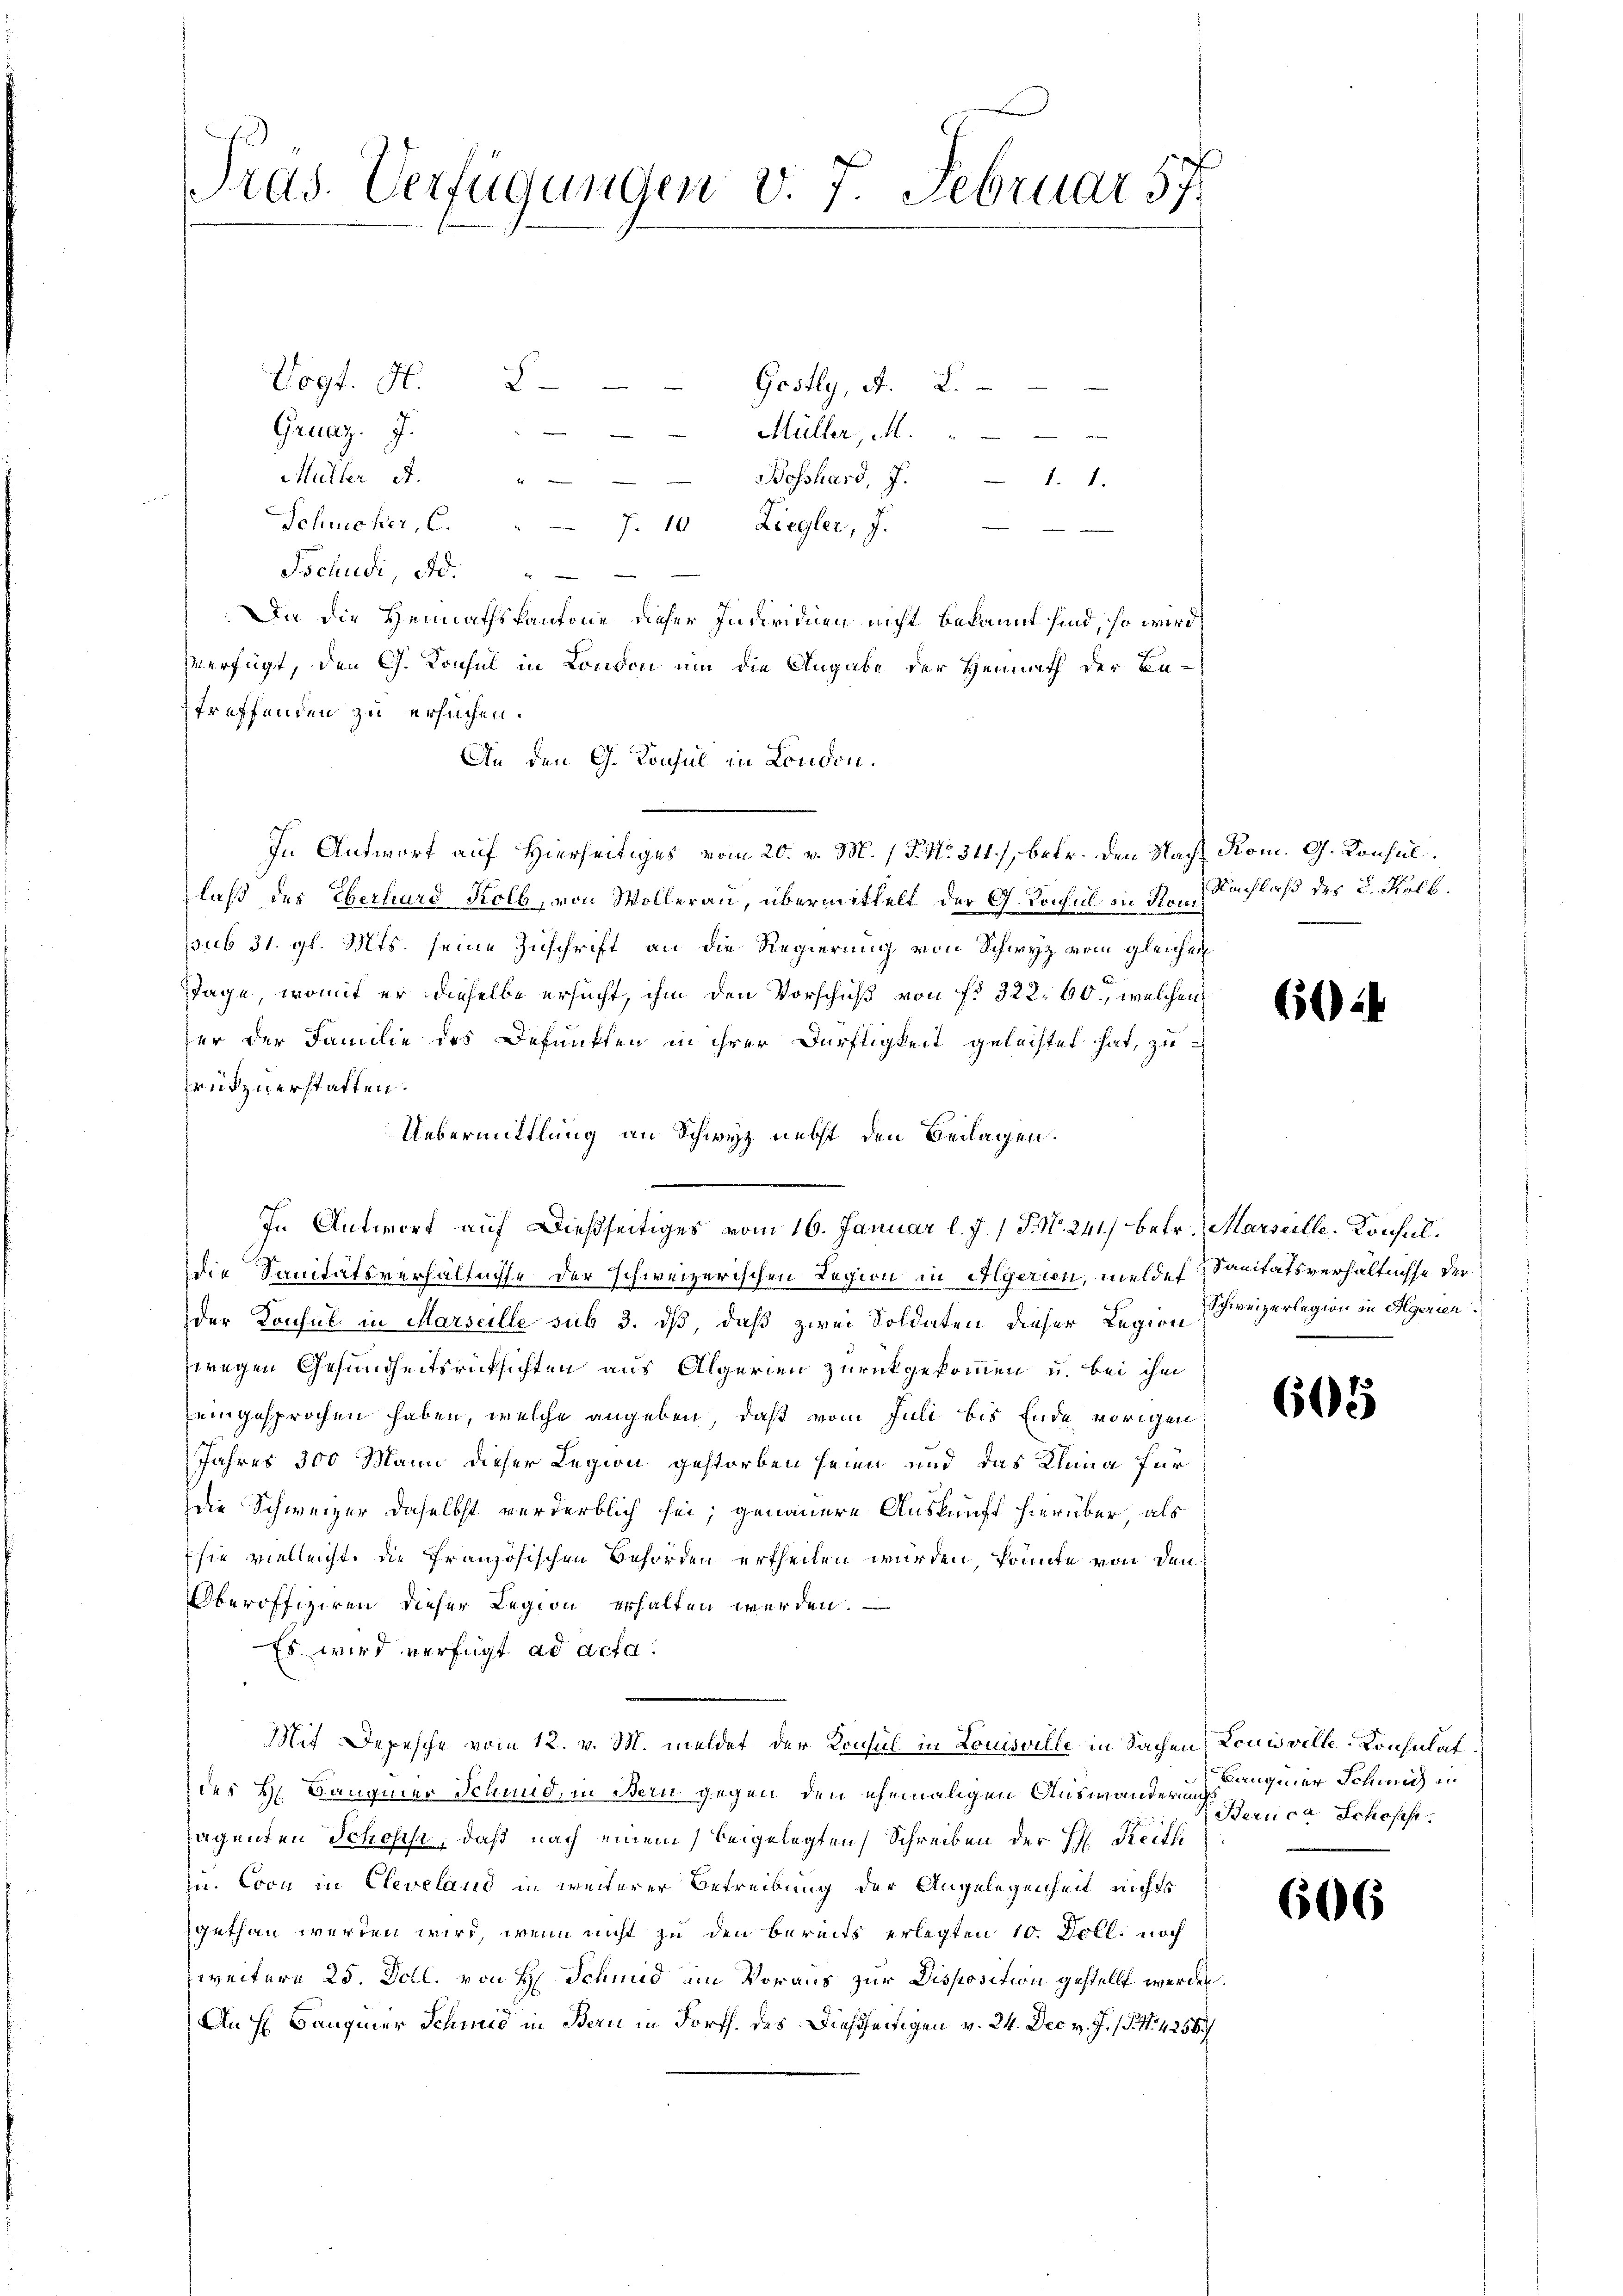
Pras. Verfügungen v. 7. Februar 57

Vogt. A. E.
Gruaz. J.
Müller, M.
Müller A.
Schwicker, C. " J. 10 Liegler, J.
Tschudi, Ad.
Da die Heimathskantone dieser Individuen nicht bekannt sind, so wird
Verfügt, den Ch. Konsul in London um die Angabe der Heimath der Be-
treffenden zu ersuchen.
An den G. Konsul in London.
In Antwort auf Hierseitiges vom 20. v. M. / 5. No. 311), betr. den Nacht Rom. G. Konsullaß des Eberhard Kolb, von Wollerau, übermittelt der G. Konsul in Kompsub 31. gl. Mts. seine Zuschrift an die Regierung von Schwyz vom gleichen
Tage, womit er dieselbe ersucht, ihm den Vorschuß von f. 322. 60, welchen
er der Familie des Befunkten in ihrer Dürftigkeit geleistet hat, zu
rükzuerstatten.
Uebermittlung an Schwyz nebst den Beilagen.
In Antwort auf dießseitiges vom 16. Januar l. J. / P. N. 241) betr. Marseille, Konsuldie Sanitätsverhältnisse der schweizerischen Region in Algerien, meldes Sanitätsverhältnisse der
der Konsul in Marseille sub 3. dß, daß zwei Soldaten dieser Legion (Freizerlegion in Agerier
zwegen Gesundheitsrücksichten aus Algerien zurückgekommen u. bei ihm
eingesprochen haben, welche angeben, daß vom Juli bis Ende vorigen
Jahres 300 Mann dieser Legion gestorben seien und das Klina für
die Schweizer daselbst verderblich sei; genauere Auskunft hierüber, als
sie vielleicht, die französischen Behörden ertheilen würden, könnte von den
Oberoffiziren dieser Legion erhalten werden.
Es wird verfügt ad acta.
Mit Depesche vom 12. v. M. meldet der Konsul in Louisville in Sachen Louisville-Konsulatdes H. Baugmer Schmid, in Bern gegen den ehemaligen Auswanderung einer Schmid in
sagenden Schoses, daß nach einem beigelegten Schreiben der H. Reitli
u. Coci in Cleveland in weiterer Betreibung der Angelegenheit nichts
gethan werden wird, wenn nicht zu den bereits erlegten 10. Doll. noch
zweitern 25. Doll. von H. Schmid ein Voraus zur Disposition gestellt werden
An H. Baugmer Schmid in Bern in Forts. des Dießseitigen v. 24. Dec. v. J. (§. 1. 4258/

Gostly, A. L.

Bosshard, 7. 1. 1.
e

Nachlaß des L. Kolb.

604

5

Berica Schoses.

606